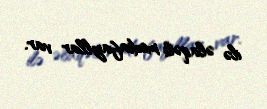
ilə əlaqəli mediafayllar var.